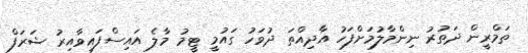
ތަމްރީން ދަތުރު ނިންމާލުމަށްފަހު އާދިއްތަ ދުވަހު ގައުމީ ޓީމު މާލެ އައިސްފައިވާއިރު ޝަރަފް